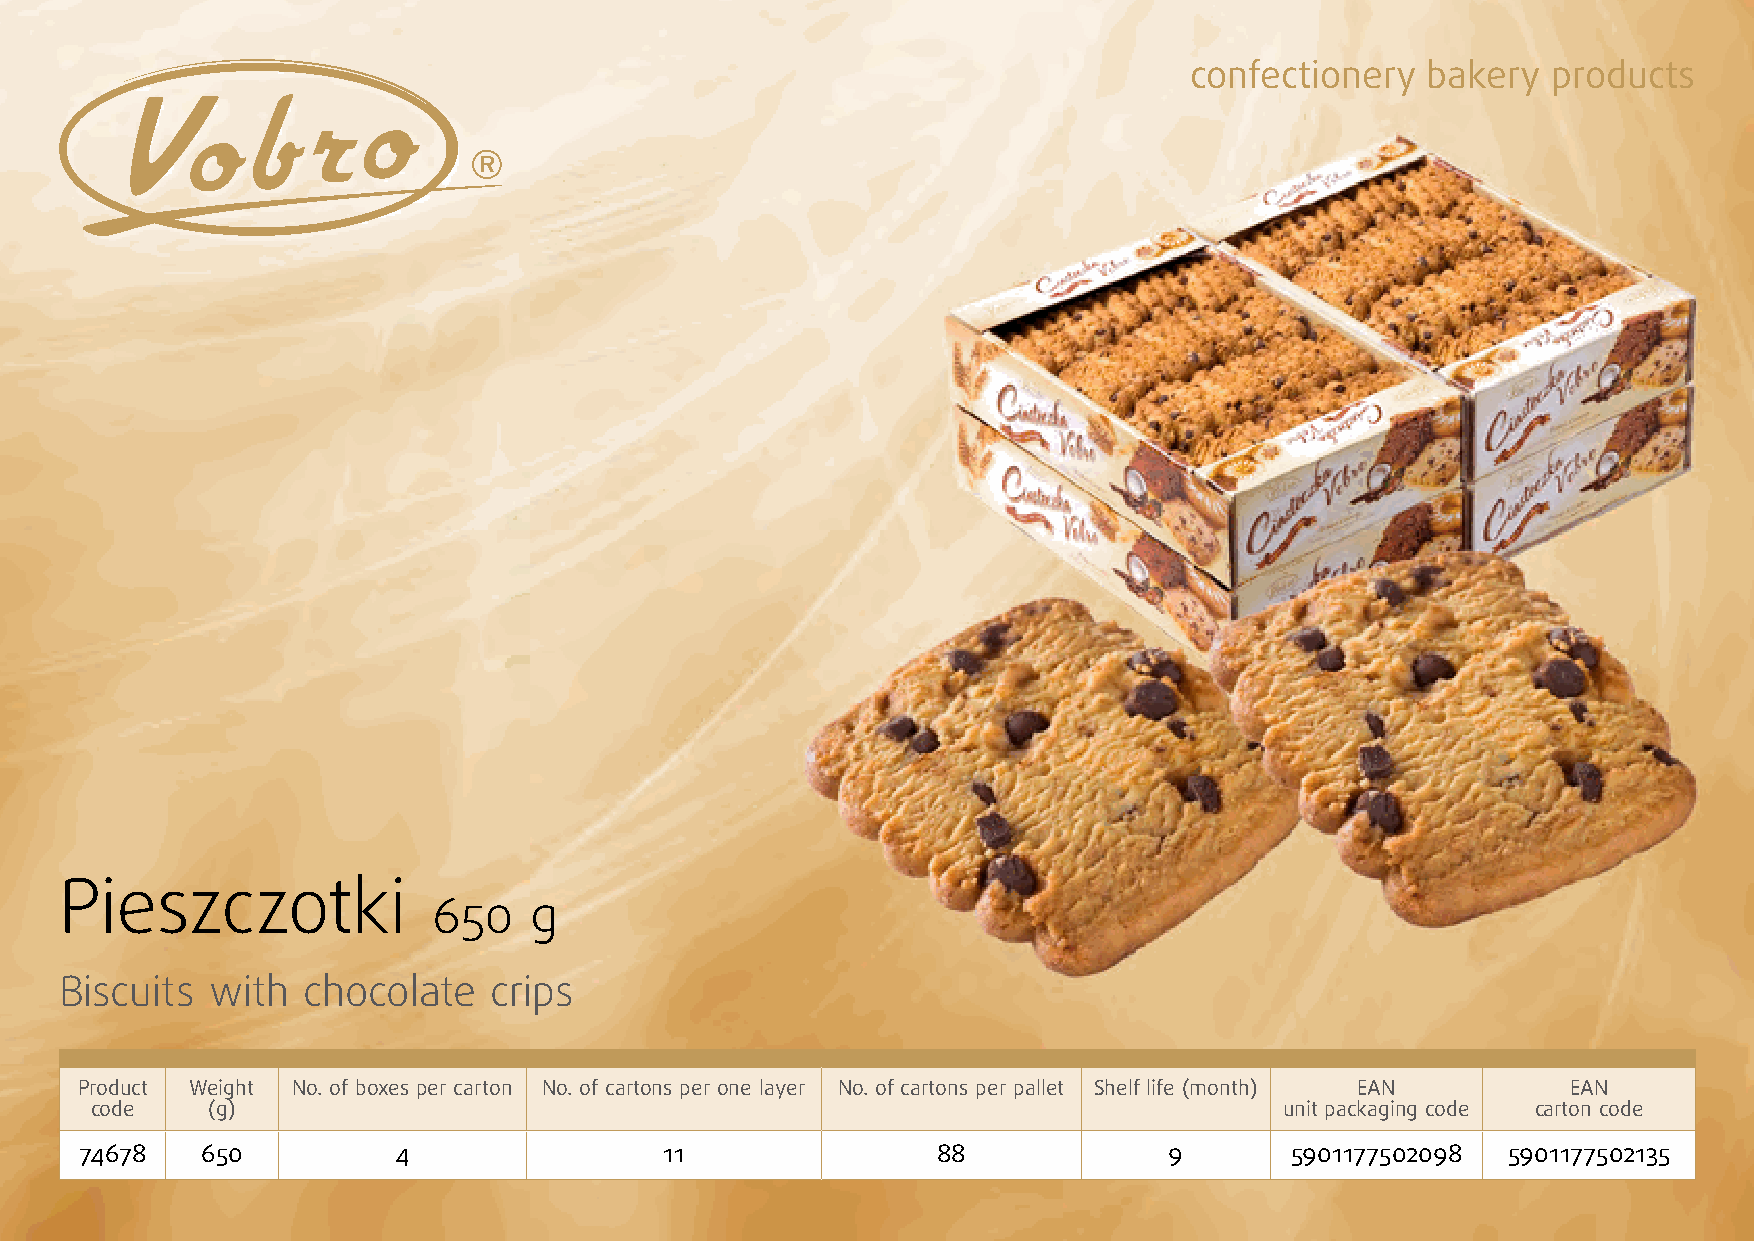
confectionery   bakery  products
 Pieszczotki
 650   g
 Biscuits  with  chocolate   crips
 Product Weight No. of boxes per carton No. of cartons per one layer No. of cartons per pallet Shelf life (month) EAN EAN
 code    (g)                                                                    unit packaging code carton code
 74678   650          4                 11                88             9       5901177502098  5901177502135